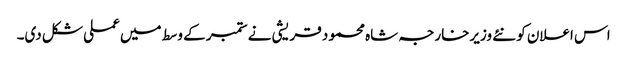
اس اعلان کو نئے وزیرخارجہ شاہ محمود قریشی نے ستمبر کے وسط میں عملی شکل دی۔